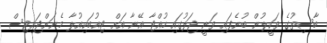
ބާސިތުގެ ވަކީލުން ބުނެފައި ވަނީ ޖަލުގައި ހުއްޓާ އޭނާ އަށް ޓިއުބަކިއުލާ މެނަންޖައިޓިސް